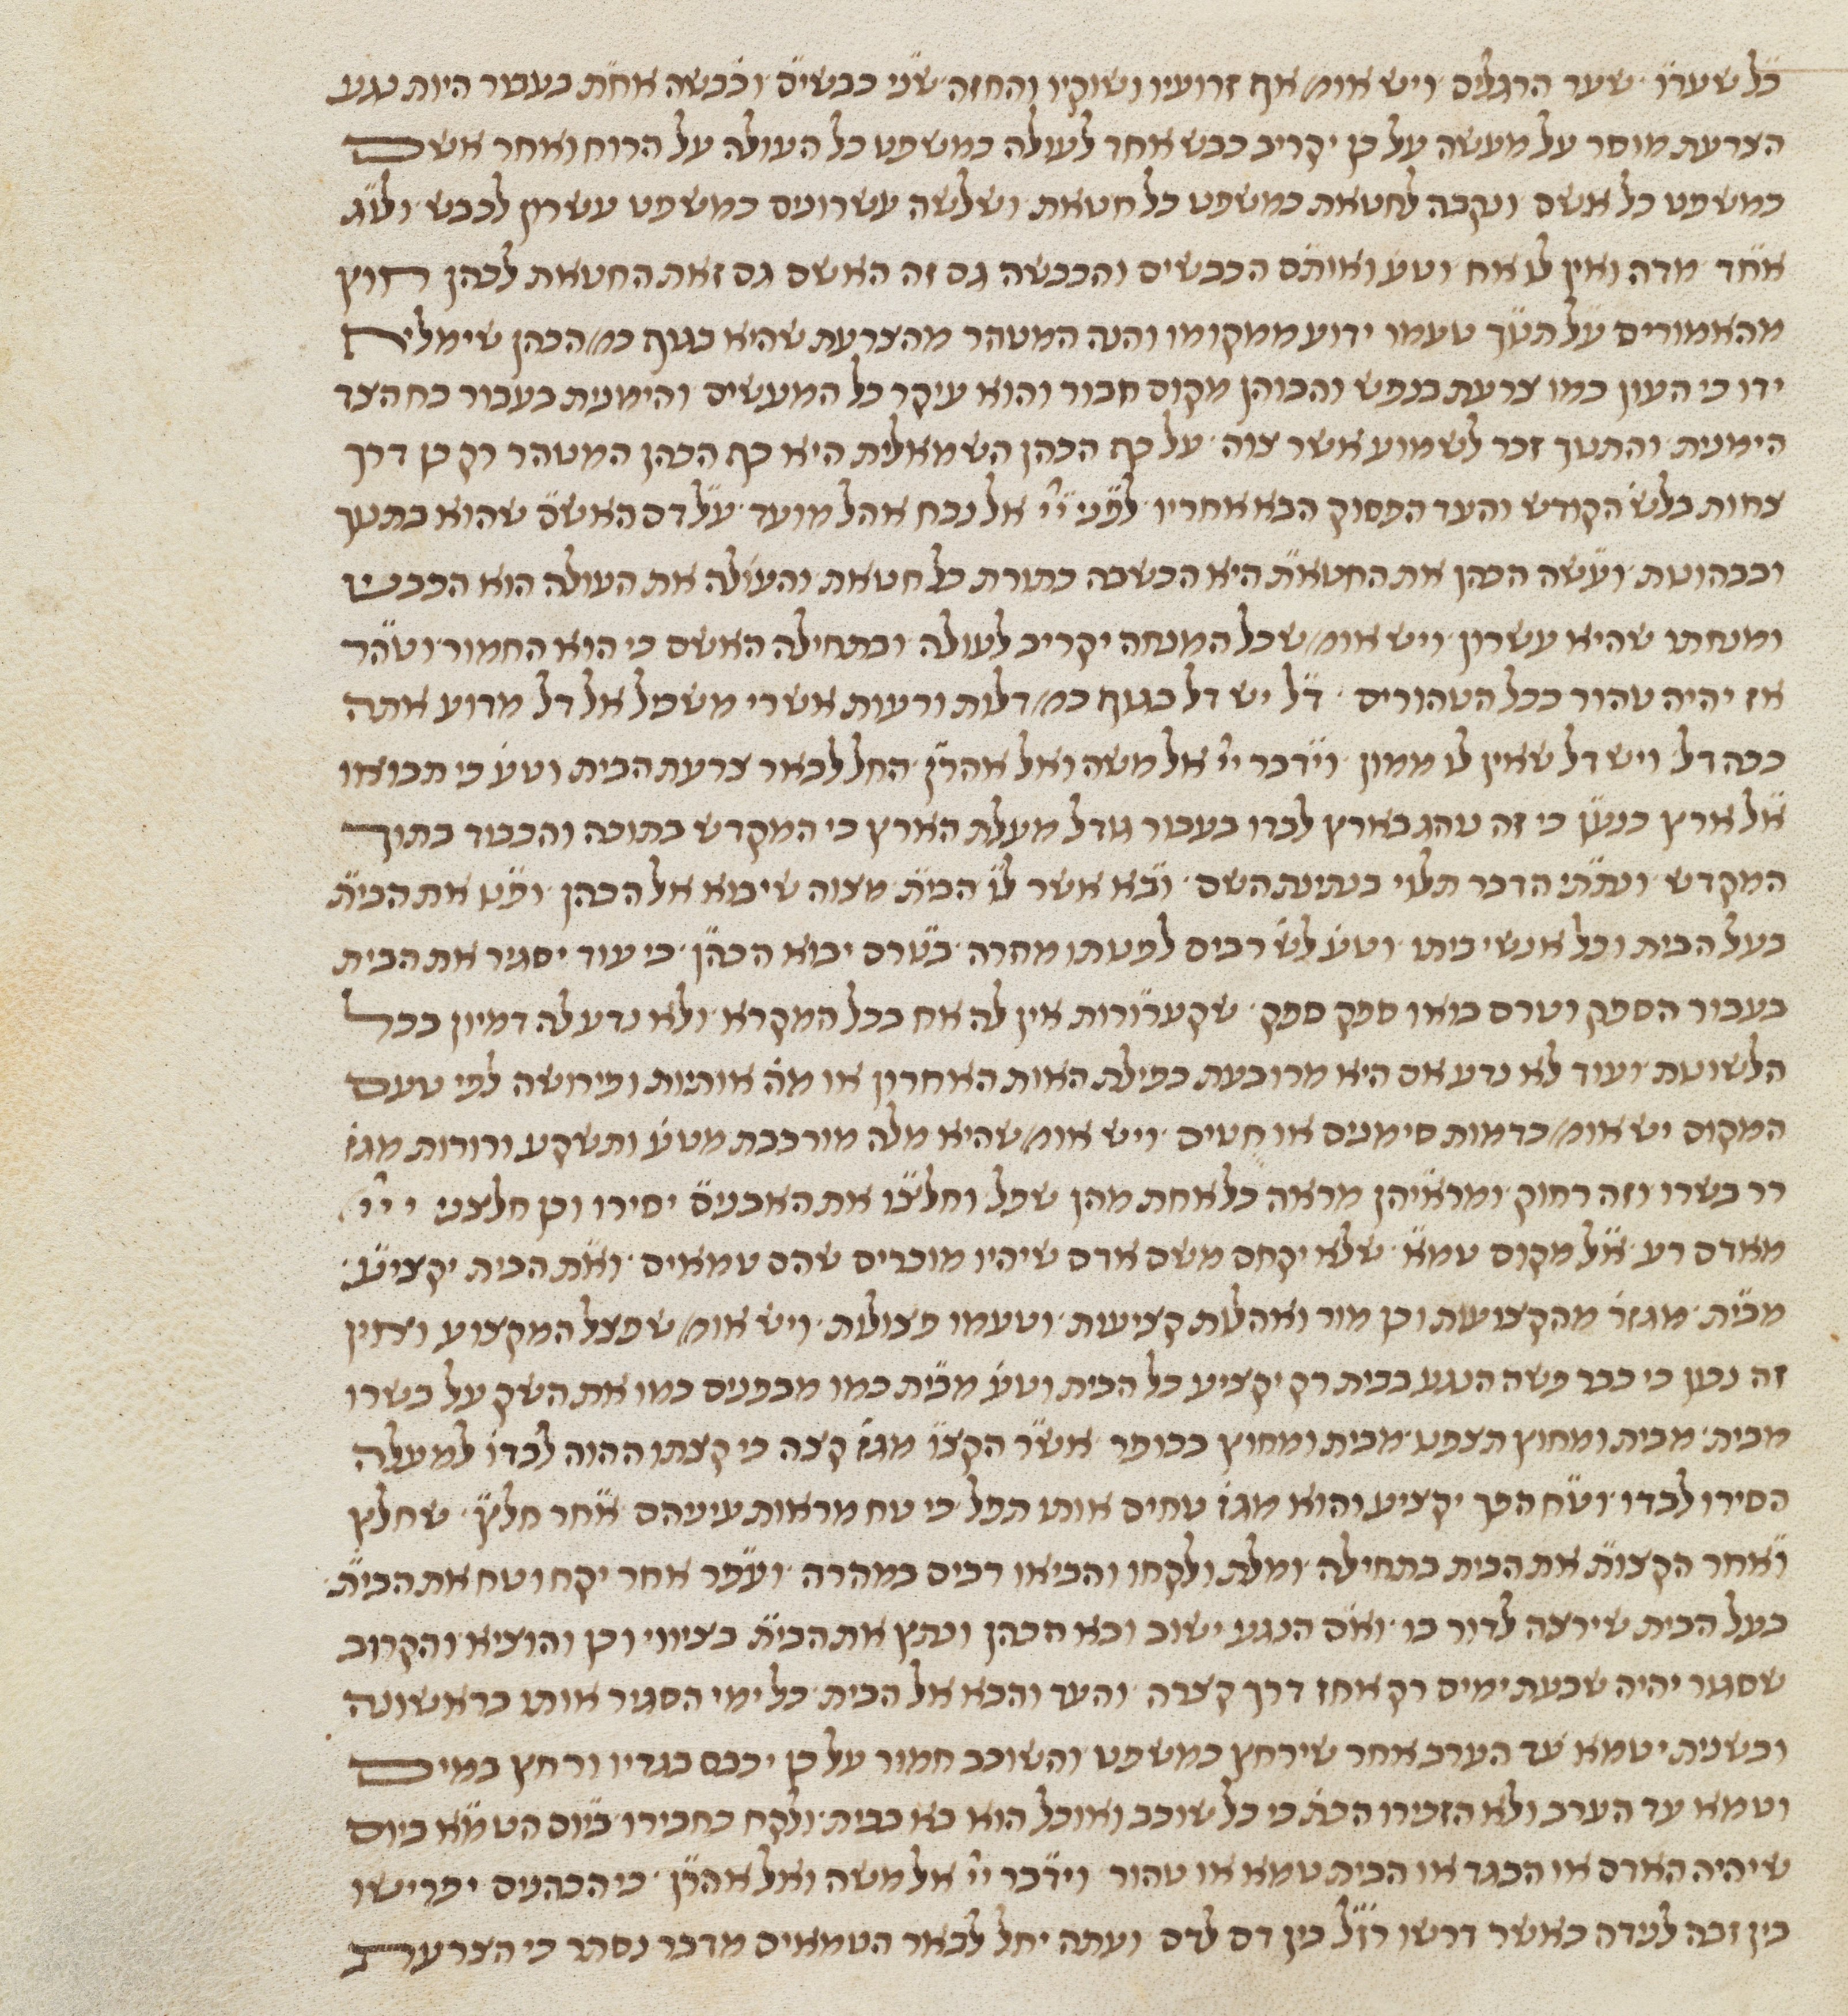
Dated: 1450–1499